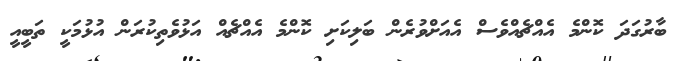
ބާރުގަދަ ކޮންމެ އެއްޗެއްވެސް އެއަށްވުރެން ބަލިކަށި ކޮންމެ އެއްޗެއް އަޅުވެތިކުރަން އުޅުމަކީ ތަބީއީ